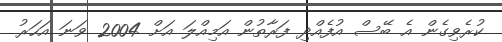
ކުރެވިގެން އެ ބޭސް އުފެއްދި ފަރާތުން އަމިއްލަ އަށް 2004 ވަނަ އަހަރު